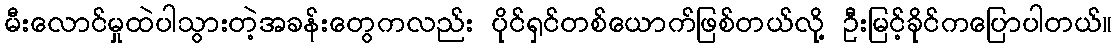
မီးလောင်မှုထဲပါသွားတဲ့အခန်းတွေကလည်း ပိုင်ရှင်တစ်ယောက်ဖြစ်တယ်လို့ ဦးမြင့်ခိုင်ကပြောပါတယ်။